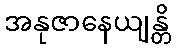
အနုဇာနေယျန္တိ